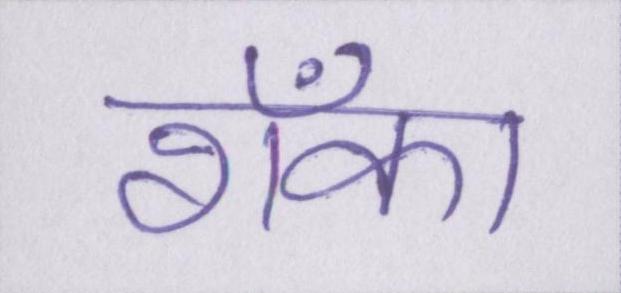
शँका